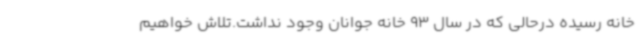
خانه رسیده درحالی که در سال 93 خانه جوانان وجود نداشت.تلاش خواهیم